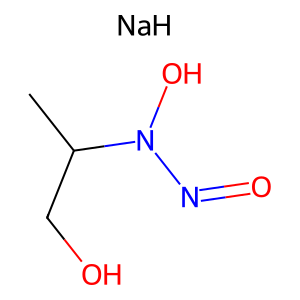
SMILES: CC(CO)N(O)N=O.[NaH]
Inhibits HIV replication: No